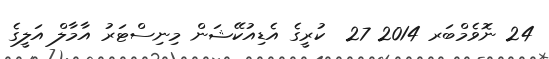
24 ނޮވެމްބަރ 2014 27  ކުރީގެ އެޑިއުކޭޝަން މިނިސްޓަރު އާމާލް އަލީގެ